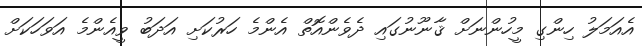
އެއަމަލު ހިންގި މީހުންނަށް ޤާނޫނުގައި ދެވެންއޮތް އެންމެ ހަރުކަށި އަދަބު ވީއެންމެ އަވަހަކަށް